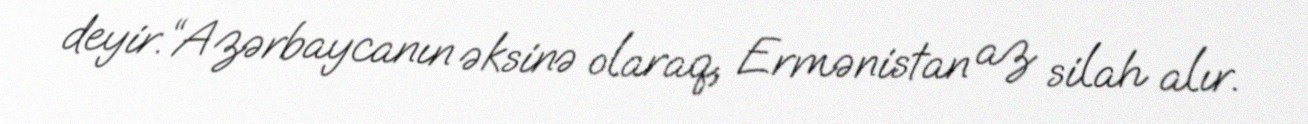
deyir.“Azərbaycanın əksinə olaraq, Ermənistan az silah alır.